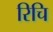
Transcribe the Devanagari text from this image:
रिचि